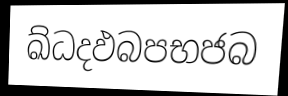
ඛ්ධදඵබපභජබ